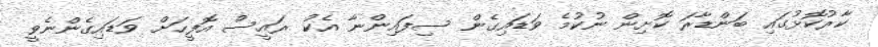
ކާރުކޮޅުގައި ބަންޑާރަ ކޮށިން ނުކުމެ ވަޑައިގެން ސިފައިންނާ އެކު ރައީސް އޮފީހަށް ވަޑައިގެންނެވީ